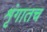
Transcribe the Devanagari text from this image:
शृंगातच